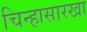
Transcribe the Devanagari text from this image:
चिन्हासारखा